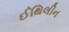
ઈથિલીન